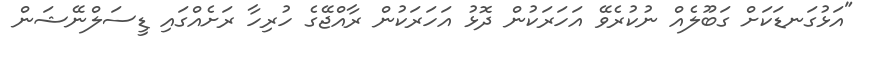
"އަޅުގަނޑަކަށް ގަބޫލެއް ނުކުރެވޭ އަހަރަކުން ދޮޅު އަހަރަކުން ރާއްޖޭގެ ހުރިހާ ރަށެއްގައި ޑީސަލްނޭޝަން